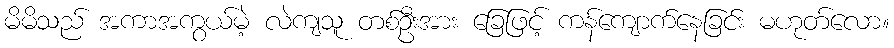
မိမိသည် အကာအကွယ်မဲ့ လဲကျသူ တစ်ဦးအား ခြေဖြင့် ကန်ကျောက်နေခြင်း မဟုတ်လော။